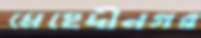
মেহেদীনগর